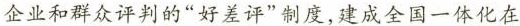
企业和群众评判的”好差评”制度，建成全国一体化在